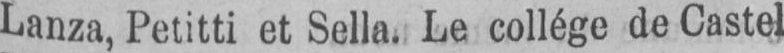
Lanza, Petitti et Sella. Le collège de Castel